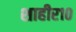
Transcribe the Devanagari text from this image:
शाहीर१०